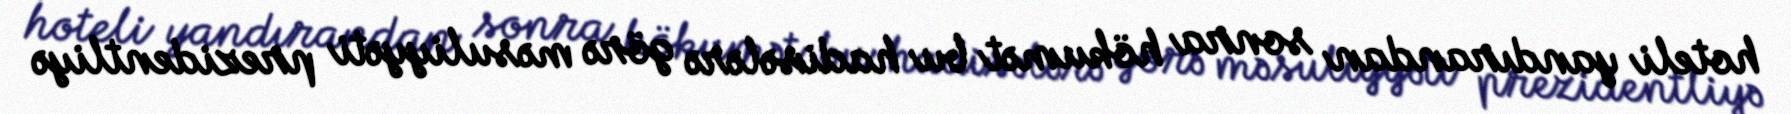
hoteli yandırandan sonra hökumət bu hadisələrə görə məsuliyyəti prezidentliyə